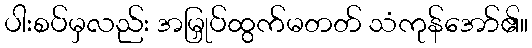
ပါးစပ်မှလည်း အမြှုပ်ထွက်မတတ် သံကုန်အော်၏။